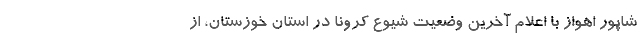
شاپور اهواز با اعلام آخرین وضعیت شیوع کرونا در استان خوزستان، از